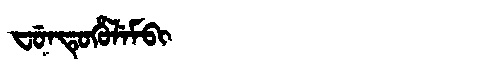
Manchu: ᠸᡠᠨᡨᡠᡥᡠᠯᡝᠮᠪᡳ
Romanization: FUNTUHULEMBI